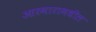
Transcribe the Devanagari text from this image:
आरमारामधील